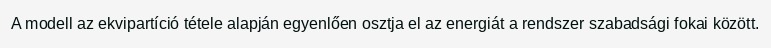
A modell az ekvipartíció tétele alapján egyenlően osztja el az energiát a rendszer szabadsági fokai között.